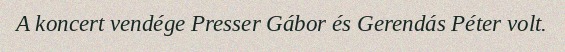
A koncert vendége Presser Gábor és Gerendás Péter volt.